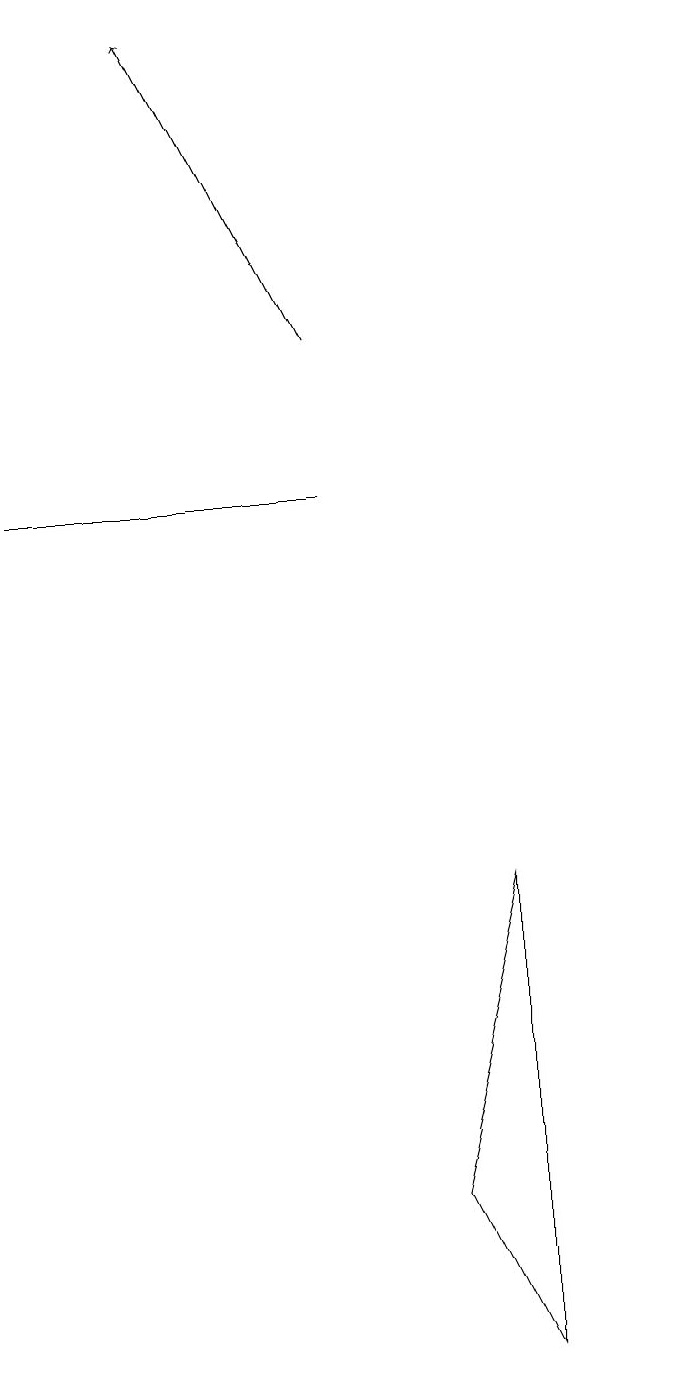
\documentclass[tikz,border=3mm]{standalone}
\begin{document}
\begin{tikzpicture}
\draw (10,10) circle (0);
\draw[->] (6,14) -- (4,18);
\draw (7,3) -- (8,7) -- (8,1) -- cycle;
\draw (2,12) rectangle (6,12);
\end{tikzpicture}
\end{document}